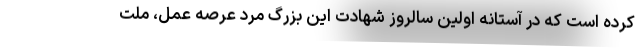
کرده است که در آستانه اولین سالروز شهادت این بزرگ مرد عرصه عمل، ملت